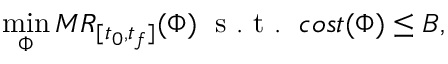
\operatorname* { m i n } _ { \Phi } M R _ { [ t _ { 0 } , t _ { f } ] } ( \Phi ) \; \mathrm { ~ s ~ . ~ t ~ . ~ } \; c o s t ( \Phi ) \leq B ,